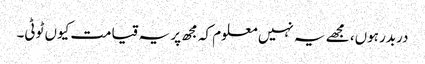
دربدر ہوں، مجھے یہ نہیں معلوم کہ مجھ پر یہ قیامت کیوں ٹوٹی۔